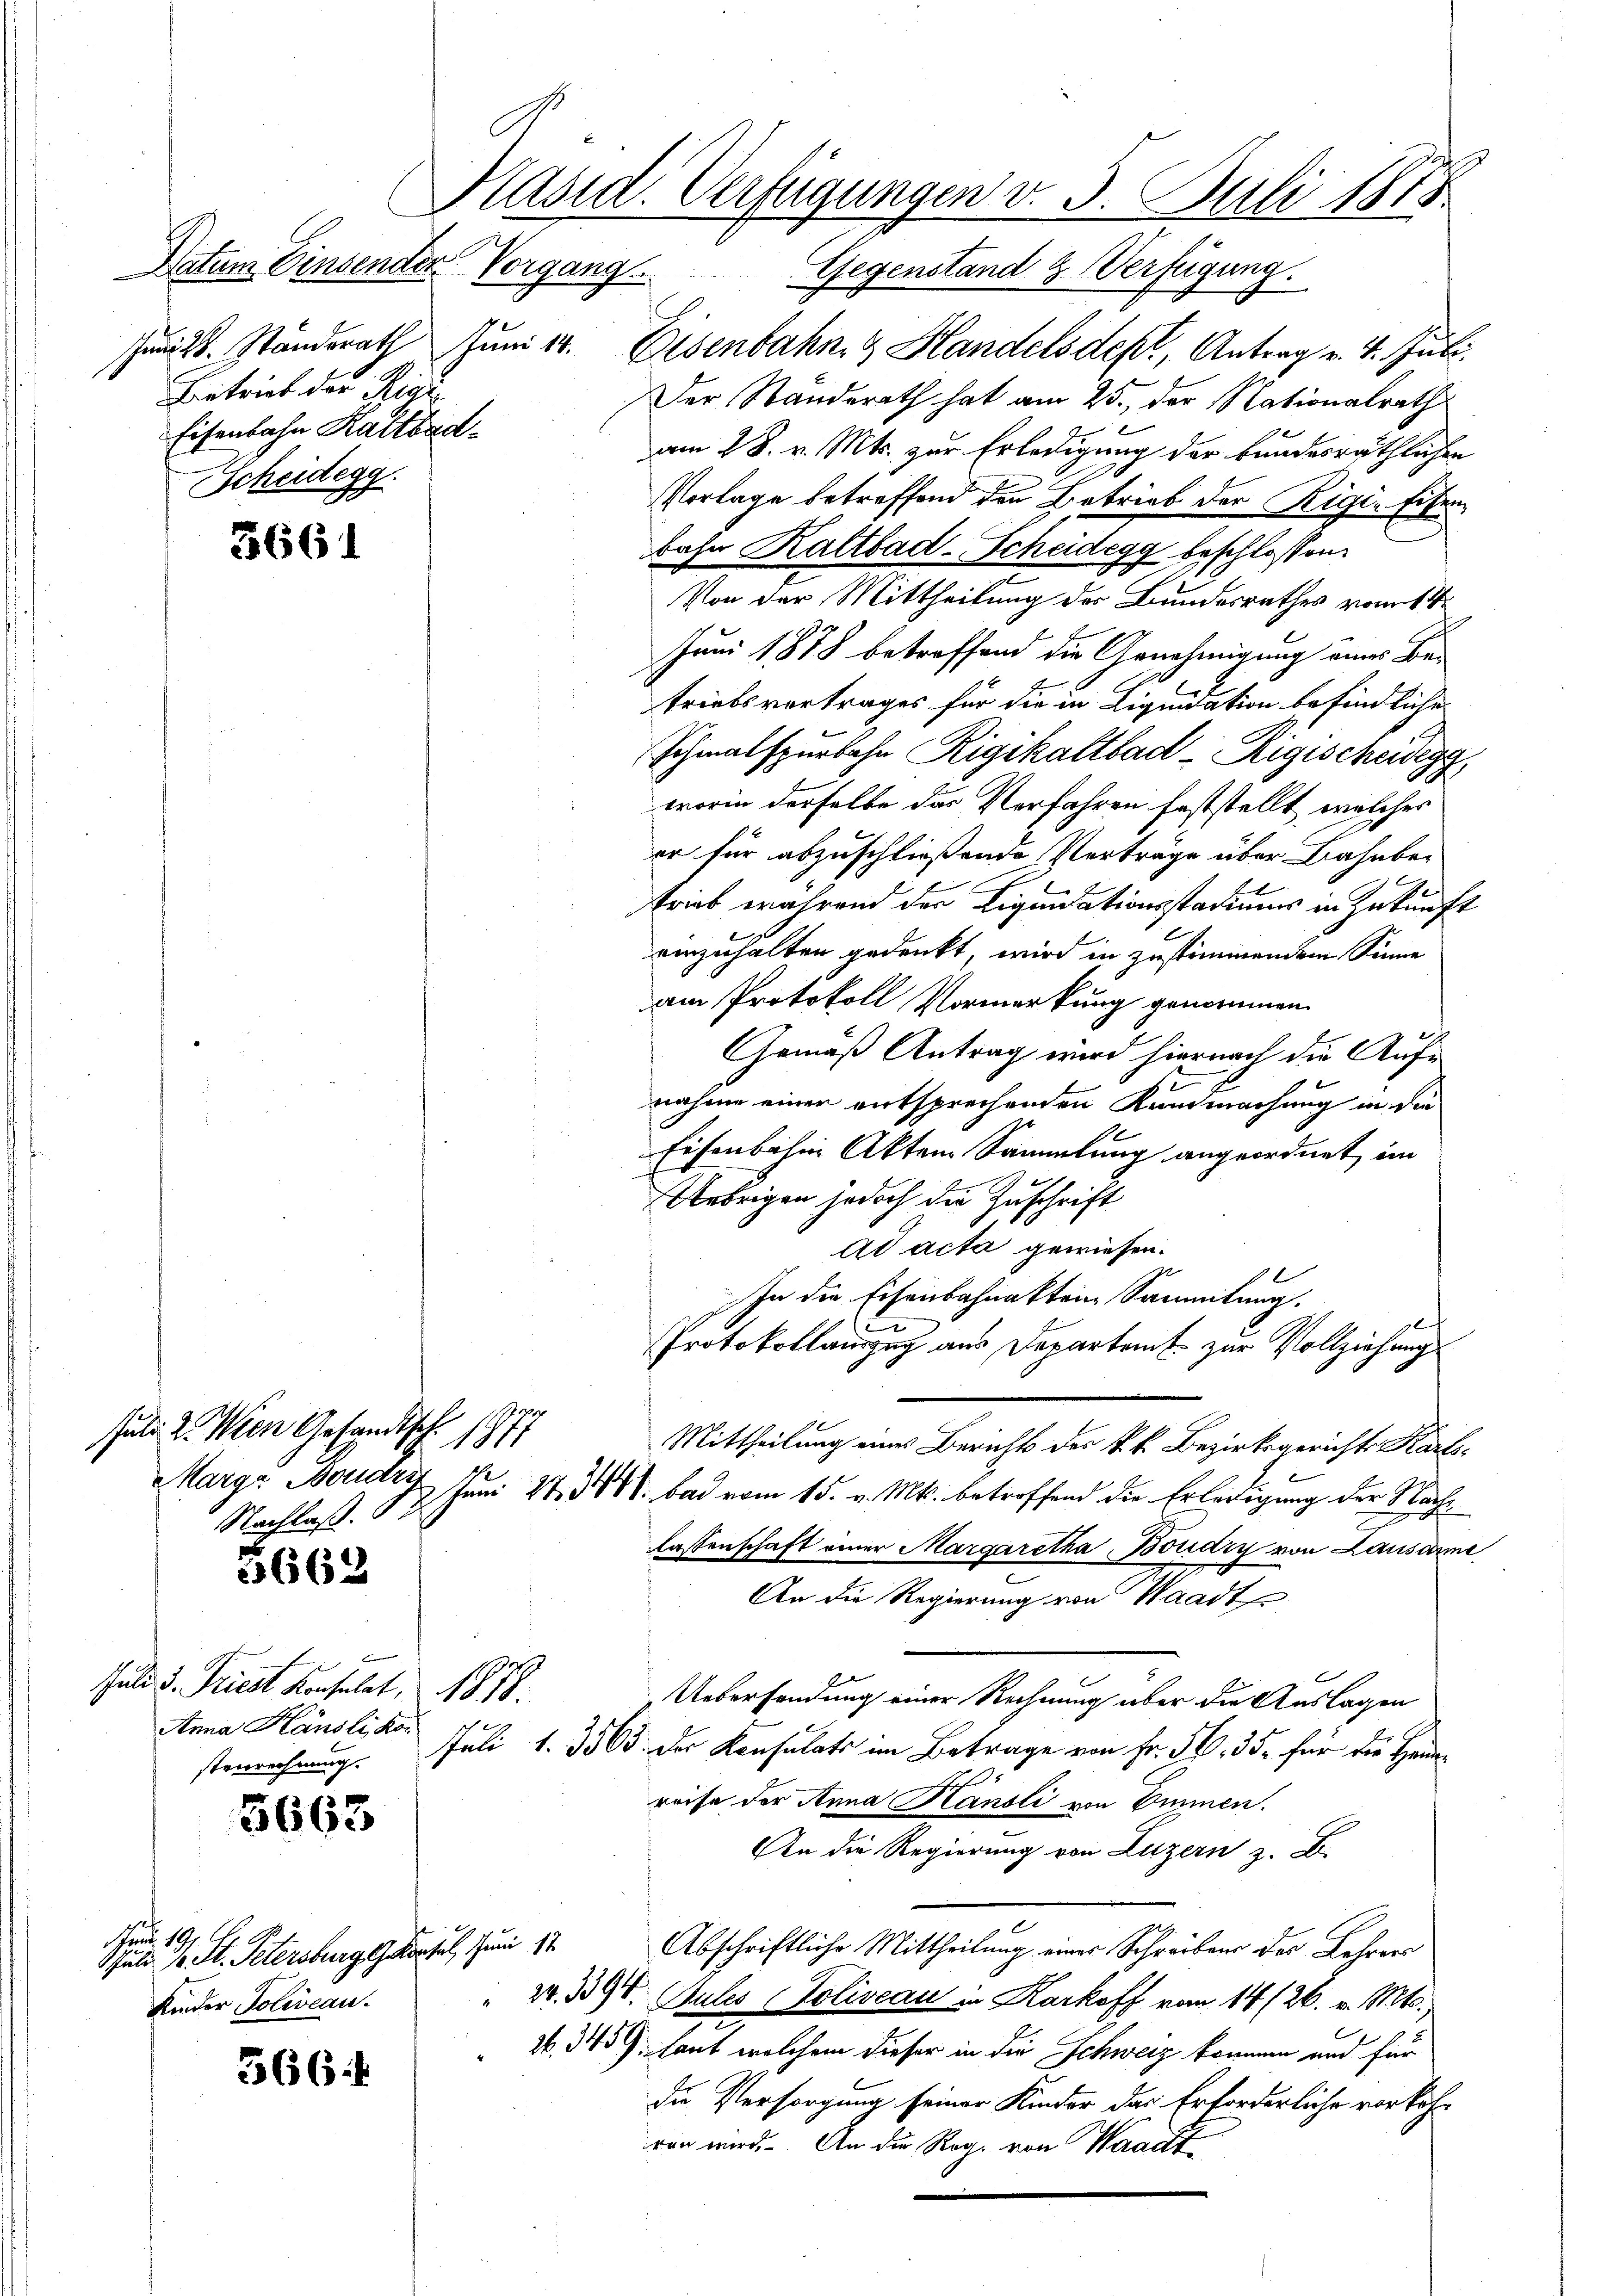
Jund. Standsrath Juni 14.
Betrieb der Rigi
Eisenbahn Kaltbad¬
Scheidegg.
e

3661

suti. 2. Wien Gesandtsch
Nachlaß. 3.

3662

6
Juli d. Triest Konsulat, 1878.
Anna Känsli kon

5663

Fand 199
Juli 10. St. Petersburg Gartel, Juni 18
Kinder Poliveau.

566

Datum Einsender Vorgang. Gegenstand & Verfügung.
Eisenbahn & Handels des Antrag v. 4. Juli.
Der Standerath hat am 25., der Nationalrath
am 28. v. Mts. zur Erledigung der kundesräthlichen
Vorlage betreffend den Betrieb der Rigia Eisenbahn Kaltbad-Scheidegg beschlossen:
Von der Mittheilung des Bundesrathes vom 1.
Juni 1878 betreffend die Genehmigung eines Be-
triebsvertrages für die in Liquidation befindliche
Schmalspurbahn Rigikaltbad - Rigischeidegg
worin derselbe das Verfahren feststellt, welches
er für abzuschließende Verträge über Bahnbe-
ge
strick während der Liquidationsstadiums in Zukunft
einzuhalten gedenkt, wird in zustimmendem Sinne
am Protokoll Vormerkung genommen
Gemäß Antrag wird hiernach die Auf¬
St
nahme einer entsprechenden Kundmachung in die
Eisenbahnen Aktem Sammlung angeordnet, im
Uebrigen jedoch die Zuschrift
ad acta gewiesen.
.
In die Eisenbahnakten Sammlung.
l
Protokollauszug aus Departamt zur Vollziehung
117
Mittheilung eines Bericht des k. k. Bezirksgerichts Karls¬
Marga Mart. 7. Juni 21. 348. bad vom 15. v. Mts. betroffend die Erledigung der Nachlassenschaft einer Margaretha Boudry von Lausanne
An die Regierung von Waadt
Uebersendung einer Rechnung über die Auslagen
sterrechnung. Juli 13565 der Konsulats im Betrage von Fr. 50. 35. für die Hausreise der Anna Hansli von Emmen.
An die Regierung von Luzern z. B.
Abschriftliche Mittheilung eines Schreibens der Lehrers
24. 1394.
Gules (Toliveau in Karkoff vom 14/26. v. Mts.,
N. 345 J. laut welchem dieser in die Schweiz kommen und für
die Versorgung seiner Kinder das Erforderliche vorkohran wird. An die Reg. von Waadt

Kasid. Verfügungen v. 5. Juli 1878